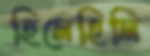
হিলেহিলি